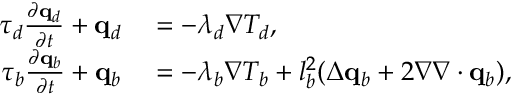
\begin{array} { r l } { \tau _ { d } \frac { \partial \mathbf q _ { d } } { \partial t } + \mathbf q _ { d } } & { { } = - \lambda _ { d } \nabla T _ { d } , } \\ { \tau _ { b } \frac { \partial \mathbf q _ { b } } { \partial t } + \mathbf q _ { b } } & { { } = - \lambda _ { b } \nabla T _ { b } + l _ { b } ^ { 2 } ( \Delta \mathbf q _ { b } + 2 \nabla \nabla \cdot \mathbf q _ { b } ) , } \end{array}